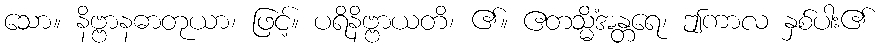
သော။ နိဗ္ဗာနဓာတုယာ၊ ဖြင့်။ ပရိနိဗ္ဗာယတိ၊ ၏။ ဧတသ္မိံအန္တရေ၊ ဤကာလ နှစ်ပါး၏